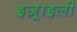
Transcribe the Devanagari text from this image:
इज़्राइली